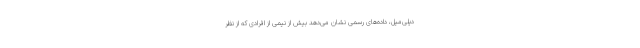
دیلی‌میل، داده‌های رسمی نشان می‌دهد بیش از نیمی از افرادی که از نظر